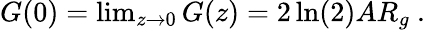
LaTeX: \begin{array}{r}{G(0)=\operatorname*{lim}_{z\rightarrow 0}G(z)=2\ln(2)AR_{g}~.}\end{array}